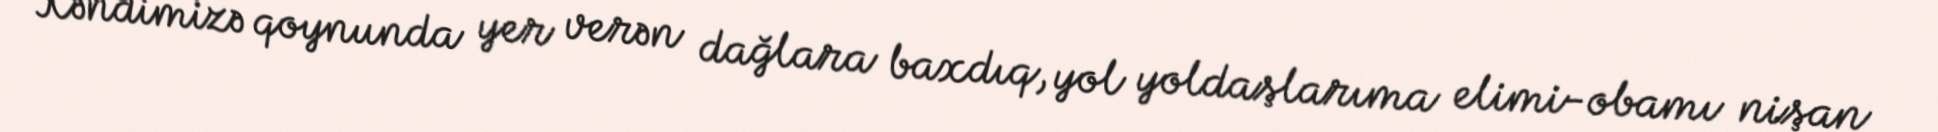
Kəndimizə qoynunda yer verən dağlara baxdıq, yol yoldaşlarıma elimi-obamı nişan